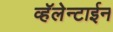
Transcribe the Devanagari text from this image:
व्हॅलेन्टाईन